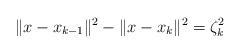
LaTeX: \begin{align*} \| x - x_{k-1} \|^2 -\| x - x_{k} \|^2 = \zeta_k^2\end{align*}